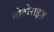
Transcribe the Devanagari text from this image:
मोटोराइज़